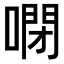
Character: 𠻻